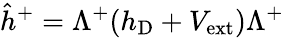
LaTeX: \hat{h}^{+}=\Lambda^{+}(h_{\mathrm{D}}+V_{\mathrm{ext}})\Lambda^{+}